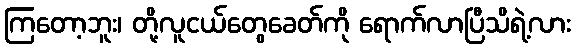
ကြတော့ဘူး၊ တို့လူငယ်တွေခေတ်ကို ရောက်လာပြီသိရဲ့လား